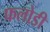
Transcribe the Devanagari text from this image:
फलोडी